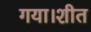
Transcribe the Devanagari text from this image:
गया।शीत